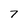
Character: 7